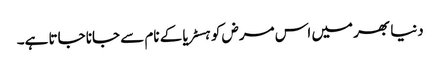
دنیا بھر میں اس مرض کو ہسٹریا کے نام سے جانا جاتا ہے۔